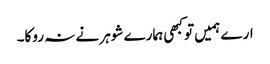
ارے ہمیں تو کبھی ہمارے شوہر نے نہ روکا۔